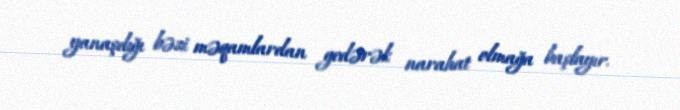
yanaşdığı bəzi məqamlardan gedərək narahat olmağa başlayır.